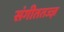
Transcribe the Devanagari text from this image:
संगीततज्ज्ञ